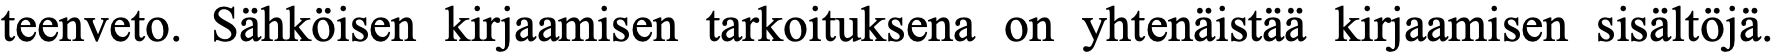
teenveto. Sähköisen kirjaamisen tarkoituksena on yhtenäistää kirjaamisen sisältöjä.